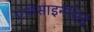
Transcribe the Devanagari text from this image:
एपोसाइनेसिई